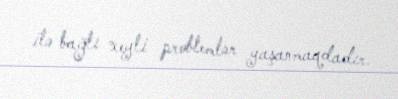
ilə bağlı xeyli problemlər yaşanmaqdadır.